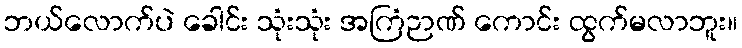
ဘယ်လောက်ပဲ ခေါင်း သုံးသုံး အကြံဉာဏ် ကောင်း ထွက်မလာဘူး။